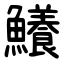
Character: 鱶